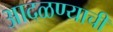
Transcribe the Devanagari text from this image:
आदळण्याची